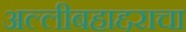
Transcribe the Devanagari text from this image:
अल्लीबहाद्दराचा